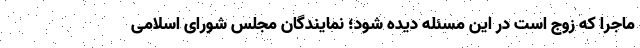
ماجرا که زوج است در این مسئله دیده شود؛ نمایندگان مجلس شورای اسلامی